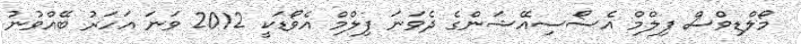
މޯލްޑިވްސް ފިލްމް އެސޯސިއޭޝަންގެ ދެވަނަ ފިލްމް އެވޯޑަކީ 2012 ވަނަ އަހަރު ބޭއްވުނު